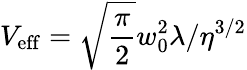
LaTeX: V_{\mathrm{eff}}=\sqrt{\frac\pi 2}w_{0}^{2}\lambda/\eta^{3/2}